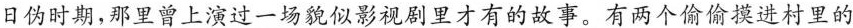
日伪时期,那里曾上演过一场貌似影视剧里才有的故事。有两个偷偷摸进村里的